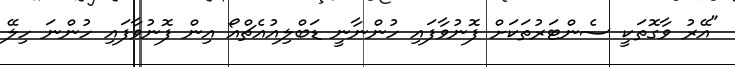
"އޭރު ވާގޮތަކީ ސެންޓަރުތަކަށް ފޮނުވާފައި ހުންނާނީ ޑަބްލިއުއެޗްއޯ އިން ފޮނުވާފައި ހުންނަ ހިލޭ